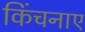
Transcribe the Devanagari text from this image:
किंचनाए